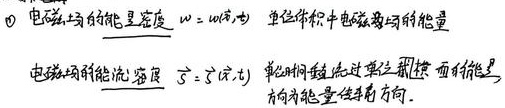
\textcircled{1} 电磁场的能量密度 \(w = w_{电}+w_{磁}\)，单位体积中电磁场的能量。电磁场能流密度 \(\vec{S}=\vec{S}_{光}\)，单位时间流过单位横截面积能量，方向为能量传播方向。